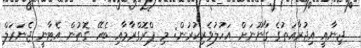
ޖިނާއީ އިޖުރާއަތުގެ ގާނޫނަށް އަހުލުވެރިކުރުން: މި ޕްރޮގްރާމާއި ބެހޭ ގޮތުން އެޓާނީ ޖެނަރަލް